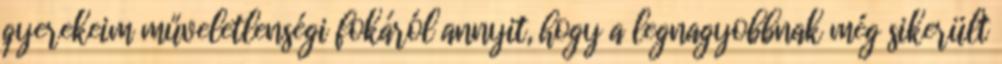
gyerekeim műveletlenségi fokáról annyit, hogy a legnagyobbnak még sikerült